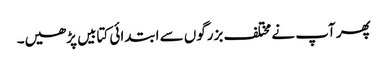
پھر آپ نے مختلف بزرگوں سے ابتدائی کتابیں پڑھیں۔